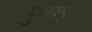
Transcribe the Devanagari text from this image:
पुच्छपृष्ठ